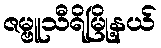
ဇမ္ဗူသီရိမြို့နယ်